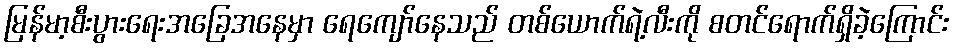
မြန်မာ့စီးပွားရေးအခြေအနေမှာ ရေကျော်နေသည် တစ်ယောက်ရဲ့လီးကို စတင်ရောက်ရှိခဲ့ကြောင်း